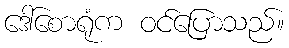
ဒေါ်စောရုံက ဝင်ပြောသည်။